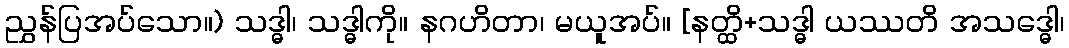
ညွှန်ပြအပ်သော။) သဒ္ဓါ၊ သဒ္ဓါကို။ နဂဟိတာ၊ မယူအပ်။ [နတ္ထိ+သဒ္ဓါ ယဿတိ အသဒ္ဓေါ၊